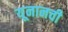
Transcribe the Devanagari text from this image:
यूनानची